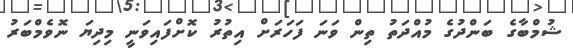
ޝުމްބާގެ ބަންދުގެ މުއްދަތު ތިން ވަނަ ފަހަރަށް އިތުރު ކޮށްފައިވަނީ މިދިޔަ ނޮވެމްބަރު